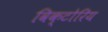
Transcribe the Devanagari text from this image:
विक्टोरिय